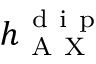
h _ { \mathrm { ~ A ~ X ~ } } ^ { \mathrm { ~ d ~ i ~ p ~ } }